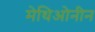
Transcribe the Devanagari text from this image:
मेथिओनीन